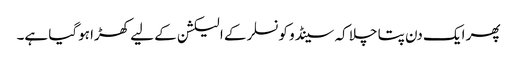
پھر ایک دن پتا چلا کہ سینڈو کونسلر کے الیکشن کے لیے کھڑا ہوگیا ہے۔